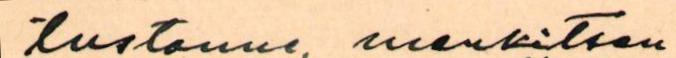
tustanne, merkitsen